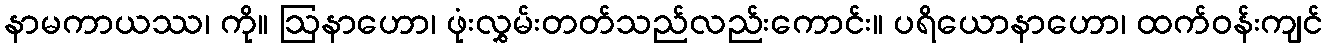
နာမကာယဿ၊ ကို။ ဩနာဟော၊ ဖုံးလွှမ်းတတ်သည်လည်းကောင်း။ ပရိယောနာဟော၊ ထက်ဝန်းကျင်